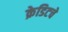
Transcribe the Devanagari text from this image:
क्रेडिटचे